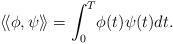
LaTeX: \begin{align*} \langle\!\langle \phi,\psi\rangle\!\rangle=\int_0^T\!\phi(t)\psi(t) dt.\end{align*}